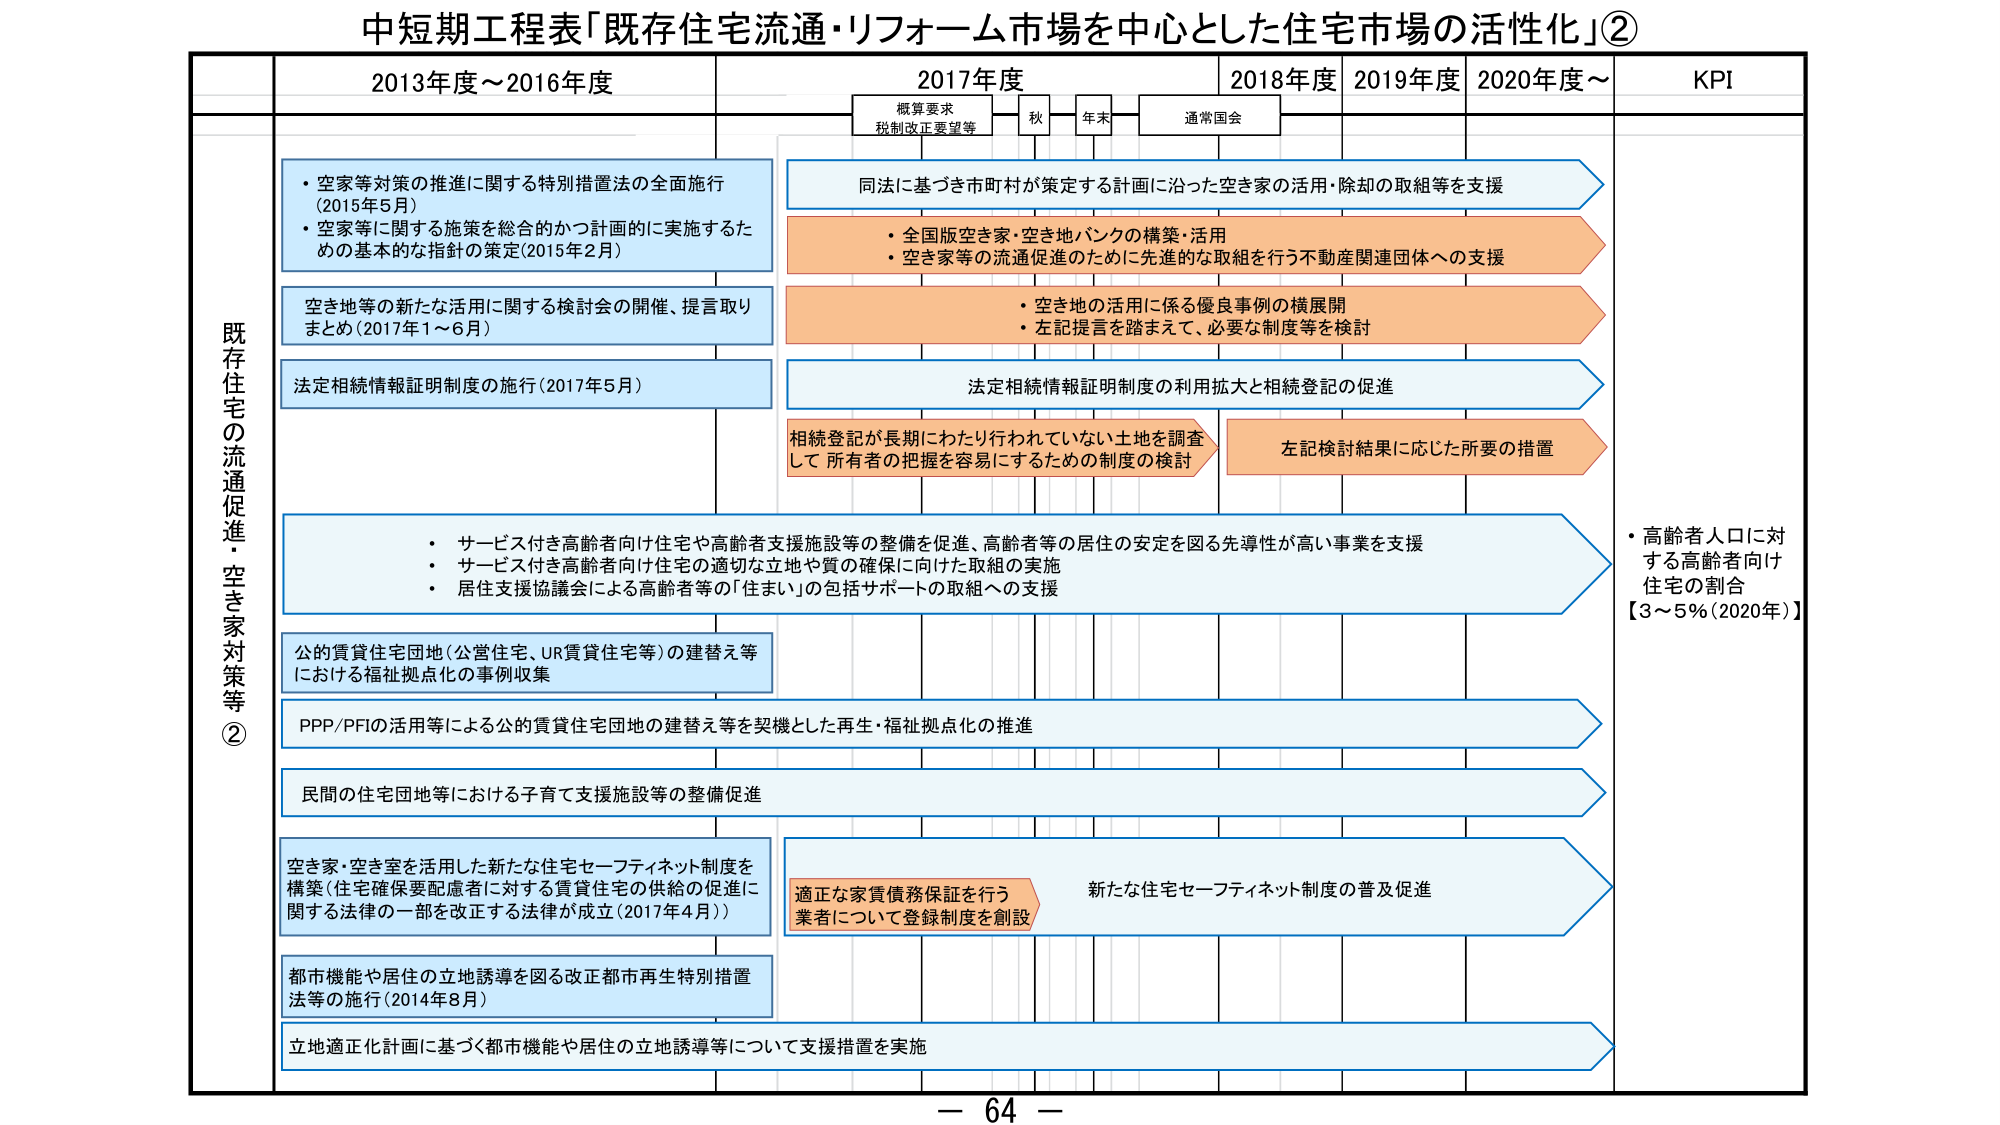
中短期工程表「既存住宅流通・リフォーム市場を中心とした住宅市場の活性化」②

2013年度～2016年度
2017年度
2018年度
2019年度
2020年度～
KPI

概算要求
税制改正要望等
秋
年末
通常国会

既存住宅の流通促進・空き家対策等②

・空家等対策の推進に関する特別措置法の全面施行
（2015年5月）
・空家等に関する施策を総合的かつ計画的に実施するための基本的な指針の策定（2015年2月）

同法に基づき市町村が策定する計画に沿った空き家の活用・除却の取組等を支援

・全国版空き家・空き地バンクの構築・活用
・空き家等の流通促進のために先進的な取組を行う不動産関連団体への支援

空き地等の新たな活用に関する検討会の開催、提言取りまとめ（2017年1～6月）

・空き地の活用に係る優良事例の横展開
・左記提言を踏まえて、必要な制度等を検討

法定相続情報証明制度の施行（2017年5月）

法定相続情報証明制度の利用拡大と相続登記の促進

相続登記が長期にわたり行われていない土地を調査して所有者の把握を容易にするための制度の検討

左記検討結果に応じた所要の措置

・サービス付き高齢者向け住宅や高齢者支援施設等の整備を促進、高齢者等の居住の安定を図る先導性が高い事業を支援
・サービス付き高齢者向け住宅の適切な立地や質の確保に向けた取組の実施
・居住支援協議会による高齢者等の「住まい」の包括サポートの取組への支援

・高齢者人口に対する高齢者向け住宅の割合
【3～5%（2020年）】

公的賃貸住宅団地（公営住宅、UR賃貸住宅等）の建替え等における福祉拠点化の事例収集

PPP/PFIの活用等による公的賃貸住宅団地の建替え等を契機とした再生・福祉拠点化の推進

民間の住宅団地等における子育て支援施設等の整備促進

空き家・空き室を活用した新たな住宅セーフティネット制度を構築（住宅確保要配慮者に対する賃貸住宅の供給の促進に関する法律の一部を改正する法律が成立（2017年4月））

適正な家賃債務保証を行う業者について登録制度を創設

新たな住宅セーフティネット制度の普及促進

都市機能や居住の立地誘導を図る改正都市再生特別措置法等の施行（2014年8月）

立地適正化計画に基づく都市機能や居住の立地誘導等について支援措置を実施

－ 64 －